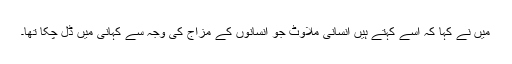
میں نے کہا کہ اسے کہتے ہیں انسانی ملاوٹ جو انسانوں کے مزاج کی وجہ سے کہانی میں ڈل چکا تھا۔